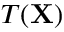
T ( \mathbf { X } )